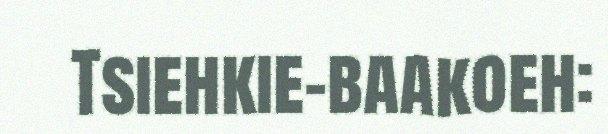
Tsiehkie-baakoeh: